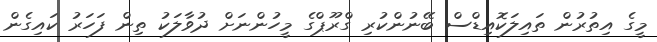
މީގެ އިތުރުން ތައިލަކޮއިޑްސް ބޭނުންކުރި ގްރޫޕްގެ މީހުންނަށް ދުވާލަކު ތިން ފަހަރު ކައިގެން